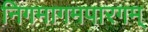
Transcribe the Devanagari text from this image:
निगमागमपारगम्